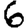
Digit: 6